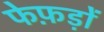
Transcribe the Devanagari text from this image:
फेफ़ड़ों